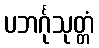
ပဘင်္ဂုသုတ္တံ